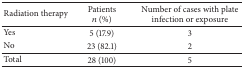
| Radiation therapy | Patients n (%) | Number of cases with plate infection or exposure |
 | --- | --- | --- |
 | Yes | 5 (17.9) | 3 |
 | No | 23 (82.1) | 2 |
 | Total | 28 (100) | 5 |